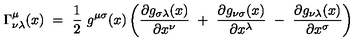
\Gamma _ { \nu \lambda } ^ { \mu } ( x ) \ = \ \frac 1 2 \ g ^ { \mu \sigma } ( x ) \left( \frac { \partial g _ { \sigma \lambda } ( x ) } { \partial x ^ { \nu } } \ + \ \frac { \partial g _ { \nu \sigma } ( x ) } { \partial x ^ { \lambda } } \ - \ \frac { \partial g _ { \nu \lambda } ( x ) } { \partial x ^ { \sigma } } \right)